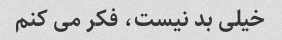
خیلی بد نیست، فکر می کنم